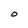
Character: O